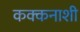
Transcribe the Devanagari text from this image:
कक्कनाशी